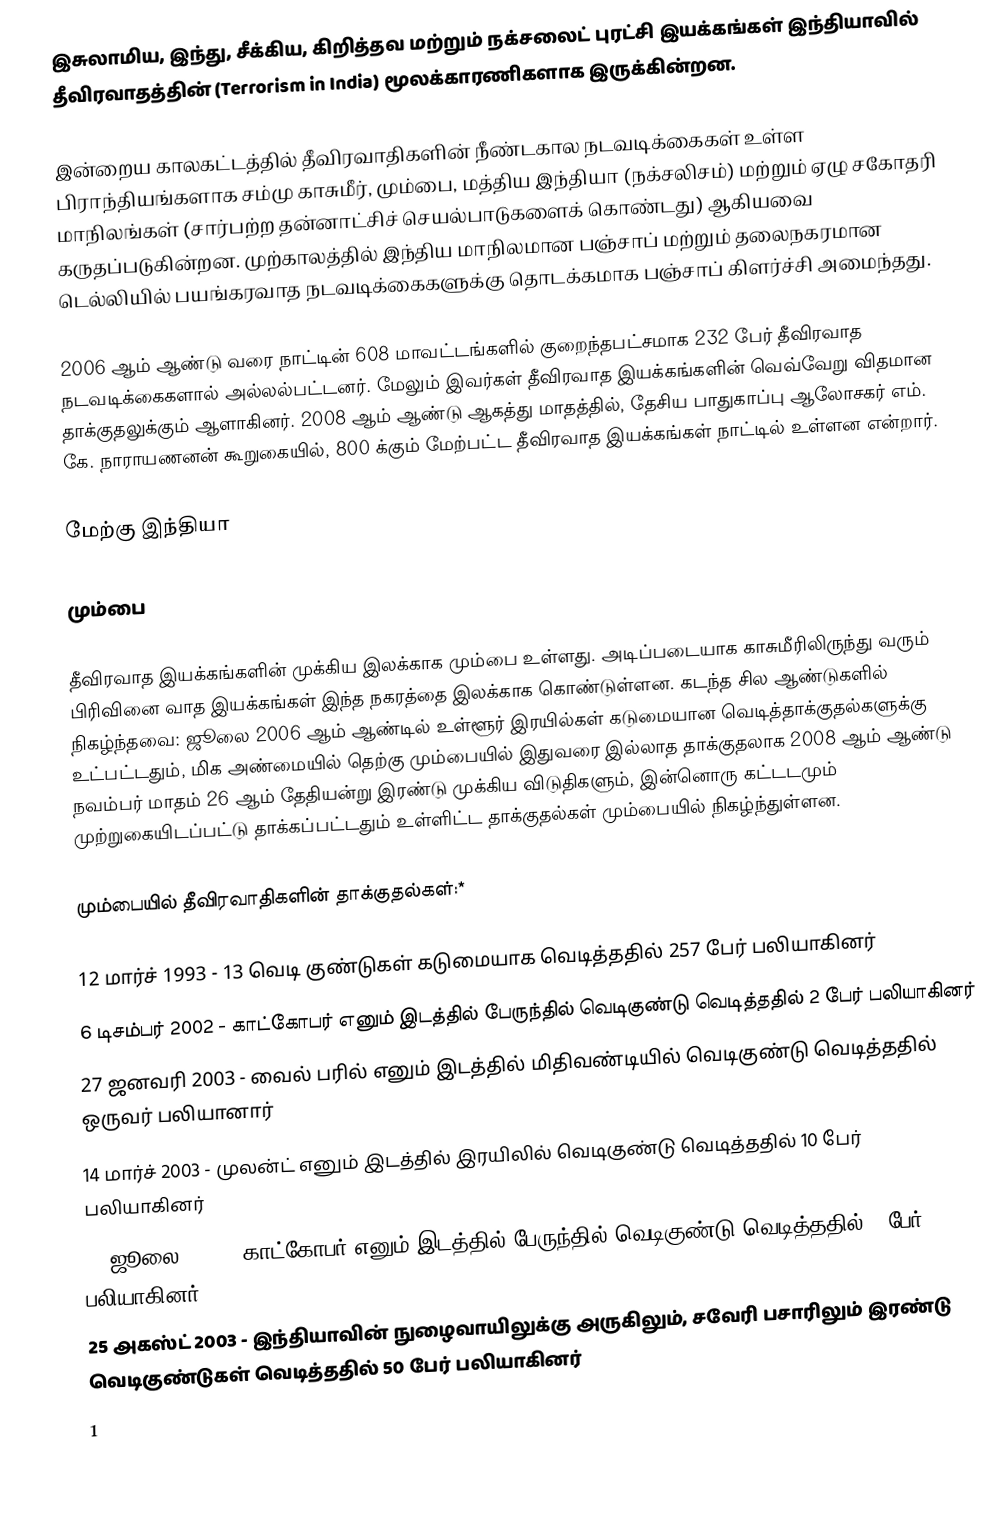
இசுலாமிய, இந்து, சீக்கிய, கிறித்தவ மற்றும் நக்சலைட் புரட்சி இயக்கங்கள் இந்தியாவில் தீவிரவாதத்தின் (Terrorism in India) மூலக்காரணிகளாக இருக்கின்றன.

இன்றைய காலகட்டத்தில் தீவிரவாதிகளின் நீண்டகால நடவடிக்கைகள் உள்ள பிராந்தியங்களாக சம்மு காசுமீர், மும்பை, மத்திய இந்தியா (நக்சலிசம்) மற்றும் ஏழு சகோதரி மாநிலங்கள் (சார்பற்ற தன்னாட்சிச் செயல்பாடுகளைக் கொண்டது) ஆகியவை கருதப்படுகின்றன. முற்காலத்தில் இந்திய மாநிலமான பஞ்சாப் மற்றும் தலைநகரமான டெல்லியில் பயங்கரவாத நடவடிக்கைகளுக்கு தொடக்கமாக பஞ்சாப் கிளர்ச்சி அமைந்தது.

2006 ஆம் ஆண்டு வரை நாட்டின் 608 மாவட்டங்களில் குறைந்தபட்சமாக 232 பேர் தீவிரவாத நடவடிக்கைகளால் அல்லல்பட்டனர். மேலும் இவர்கள் தீவிரவாத இயக்கங்களின் வெவ்வேறு விதமான தாக்குதலுக்கும் ஆளாகினர். 2008 ஆம் ஆண்டு ஆகத்து மாதத்தில், தேசிய பாதுகாப்பு ஆலோசகர் எம். கே. நாராயணனன் கூறுகையில், 800 க்கும் மேற்பட்ட தீவிரவாத இயக்கங்கள் நாட்டில் உள்ளன என்றார்.

மேற்கு இந்தியா

மும்பை

தீவிரவாத இயக்கங்களின் முக்கிய இலக்காக மும்பை உள்ளது. அடிப்படையாக காசுமீரிலிருந்து வரும் பிரிவினை வாத இயக்கங்கள் இந்த நகரத்தை இலக்காக கொண்டுள்ளன. கடந்த சில ஆண்டுகளில் நிகழ்ந்தவை: ஜூலை 2006 ஆம் ஆண்டில் உள்ளூர் இரயில்கள் கடுமையான வெடித்தாக்குதல்களுக்கு உட்பட்டதும், மிக அண்மையில் தெற்கு மும்பையில் இதுவரை இல்லாத தாக்குதலாக 2008 ஆம் ஆண்டு நவம்பர் மாதம் 26 ஆம் தேதியன்று இரண்டு முக்கிய விடுதிகளும், இன்னொரு கட்டடமும் முற்றுகையிடப்பட்டு தாக்கப்பட்டதும் உள்ளிட்ட தாக்குதல்கள் மும்பையில் நிகழ்ந்துள்ளன.

மும்பையில் தீவிரவாதிகளின் தாக்குதல்கள்:*

 12 மார்ச் 1993 - 13 வெடி குண்டுகள் கடுமையாக வெடித்ததில் 257 பேர் பலியாகினர்
 6 டிசம்பர் 2002 - காட்கோபர் எனும் இடத்தில் பேருந்தில் வெடிகுண்டு வெடித்ததில் 2 பேர் பலியாகினர்
 27 ஜனவரி 2003 - வைல் பரில் எனும் இடத்தில் மிதிவண்டியில் வெடிகுண்டு வெடித்ததில் ஒருவர் பலியானார்
 14 மார்ச் 2003 - முலன்ட் எனும் இடத்தில் இரயிலில் வெடிகுண்டு வெடித்ததில் 10 பேர் பலியாகினர்
 28 ஜூலை 2003 - காட்கோபர் எனும் இடத்தில் பேருந்தில் வெடிகுண்டு வெடித்ததில் 4 பேர் பலியாகினர்
 25 அகஸ்ட் 2003 - இந்தியாவின் நுழைவாயிலுக்கு அருகிலும், சவேரி பசாரிலும் இரண்டு வெடிகுண்டுகள் வெடித்ததில் 50 பேர் பலியாகினர்
 1